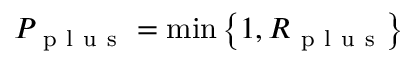
P _ { \mathrm { ~ p ~ l ~ u ~ s ~ } } = \operatorname* { m i n } \left\{ 1 , R _ { \mathrm { ~ p ~ l ~ u ~ s ~ } } \right\}